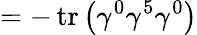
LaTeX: =-\operatorname{tr}\left(\gamma^{0}\gamma^{5}\gamma^{0}\right)